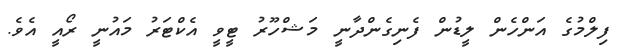
ފިލްމުގެ އަންހެން ލީޑުން ފެނިގެންދާނީ މަޝްހޫރު ޓީވީ އެކްޓަރު މައުނީ ރޯއީ އެވެ.